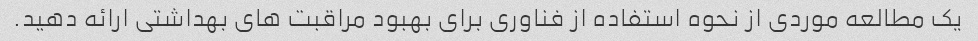
یک مطالعه موردی از نحوه استفاده از فناوری برای بهبود مراقبت های بهداشتی ارائه دهید.